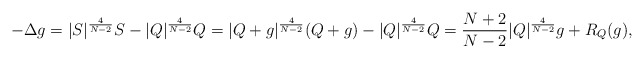
\begin{align*} -\Delta g=|S|^{\frac{4}{N-2}}S-|Q|^{\frac{4}{N-2}}Q=|Q+g|^{\frac{4}{N-2}}(Q+g)-|Q|^{\frac{4}{N-2}}Q=\frac{N+2}{N-2}|Q|^{\frac{4}{N-2}}g+R_{Q}(g), \end{align*}